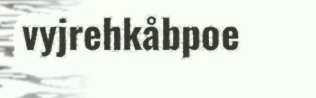
vyjrehkåbpoe